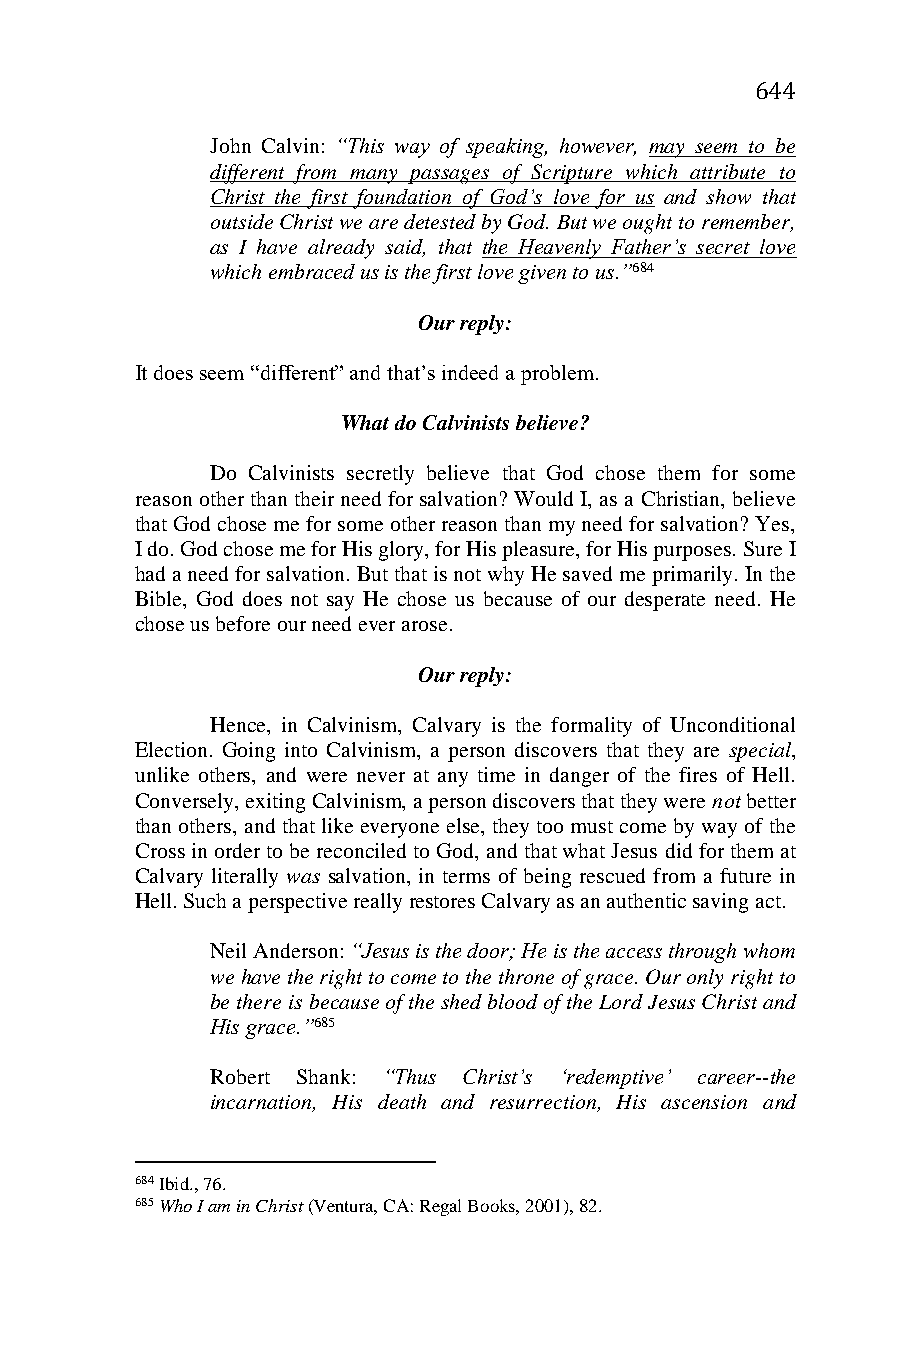
644
 John Calvin: “This way of speaking, however, may seem to be
 different from many passages of Scripture which attribute to
 Christ the first foundation of God’s love for us and show that
 outside Christ we are detested by God. But we ought to remember,
 as I have already said, that the Heavenly Father’s secret love
 which embraced us is the first love given to us.”684
 Our reply:
 It does seem “different” and that’s indeed a problem.
 What do Calvinists believe?
 Do Calvinists secretly believe that God chose them for some
 reason other than their need for salvation? Would I, as a Christian, believe
 that God chose me for some other reason than my need for salvation? Yes,
 I do. God chose me for His glory, for His pleasure, for His purposes. Sure I
 had a need for salvation. But that is not why He saved me primarily. In the
 Bible, God does not say He chose us because of our desperate need. He
 chose us before our need ever arose.
 Our reply:
 Hence, in Calvinism, Calvary is the formality of Unconditional
 Election. Going into Calvinism, a person discovers that they are special,
 unlike others, and were never at any time in danger of the fires of Hell.
 Conversely, exiting Calvinism, a person discovers that they were not better
 than others, and that like everyone else, they too must come by way of the
 Cross in order to be reconciled to God, and that what Jesus did for them at
 Calvary literally was salvation, in terms of being rescued from a future in
 Hell. Such a perspective really restores Calvary as an authentic saving act.
 Neil Anderson: “Jesus is the door; He is the access through whom
 we have the right to come to the throne of grace. Our only right to
 be there is because of the shed blood of the Lord Jesus Christ and
 His grace.”685
 Robert Shank: “Thus Christ’s ‘redemptive’ career--the
 incarnation, His death and resurrection, His ascension and
 684 Ibid., 76.
 685 Who I am in Christ (Ventura, CA: Regal Books, 2001), 82.